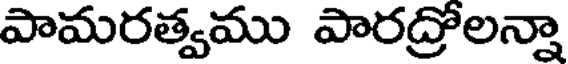
పామరత్వము పారద్రోలన్నా